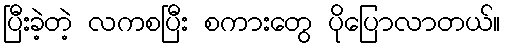
ပြီးခဲ့တဲ့ လကစပြီး စကားတွေ ပိုပြောလာတယ်။